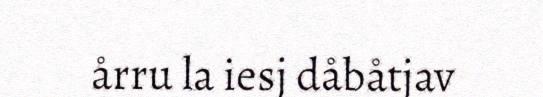
årru la iesj dåbåtjav